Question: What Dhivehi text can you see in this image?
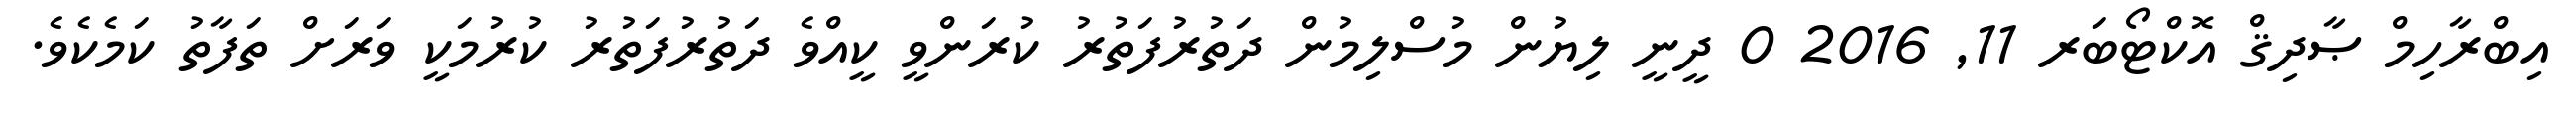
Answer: އިބްރާހިމް ޞާދިޤް އޮކްޓޯބަރ 11, 2016 0 ދީނީ ލިޔުން މުސްލިމުން ދަތުރުފަތުރު ކުރަންވީ ކީއްވެ ދަތުރުފަތުރު ކުރުމަކީ ވަރަށް ތަފާތު ކަމެކެވެ.